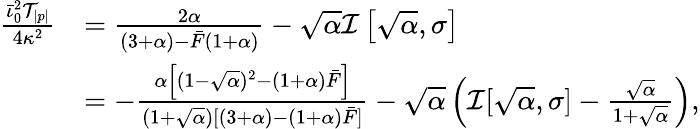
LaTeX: \begin{array}{rl}{\frac{\bar{\iota}_{0}^{2}\mathcal{T}_{|p|}}{4\kappa^{2}}}&{=\frac{2\alpha}{(3+\alpha)-\bar{F}(1+\alpha)}-\sqrt{\alpha}\mathcal{I}\left[\sqrt{\alpha},\sigma\right]}\\ &{=-\frac{\alpha\left[(1-\sqrt{\alpha})^{2}-(1+\alpha)\bar{F}\right]}{(1+\sqrt{\alpha})[(3+\alpha)-(1+\alpha)\bar{F}]}-\sqrt{\alpha}\left(\mathcal{I}[\sqrt{\alpha},\sigma]-\frac{\sqrt{\alpha}}{1+\sqrt{\alpha}}\right),}\end{array}